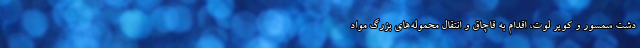
دشت سمسور و کویر لوت، اقدام به قاچاق و انتقال محموله‌های بزرگ مواد